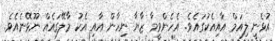
އުޅެނީ ލިއަމް އާއިއެކުގައެވެ. އެހެންވީމާ ޒާޔާ ނިހާން އާއި އެކު މާލޭގައެއް ނޫޅޭނެއެވެ.